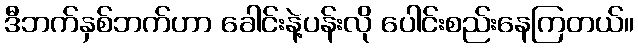
ဒီဘက်နှစ်ဘက်ဟာ ခေါင်းနဲ့ပန်းလို ပေါင်းစည်းနေကြတယ်။